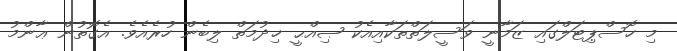
މި ހޮސްޕިޓަލްގައި ޒަމާނީ ވަސީލަތްތަކާއިއެކު ޞިއްޙީ ޚިދުމަތް ލިބެން ހުރެއެވެ. އެގޮތުން ޢާންމު